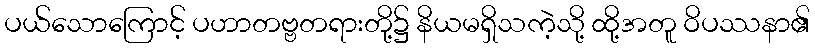
ပယ်သောကြောင့် ပဟာတဗ္ဗတရားတို့၌ နိယမရှိသကဲ့သို့ ထို့အတူ ဝိပဿနာ၏